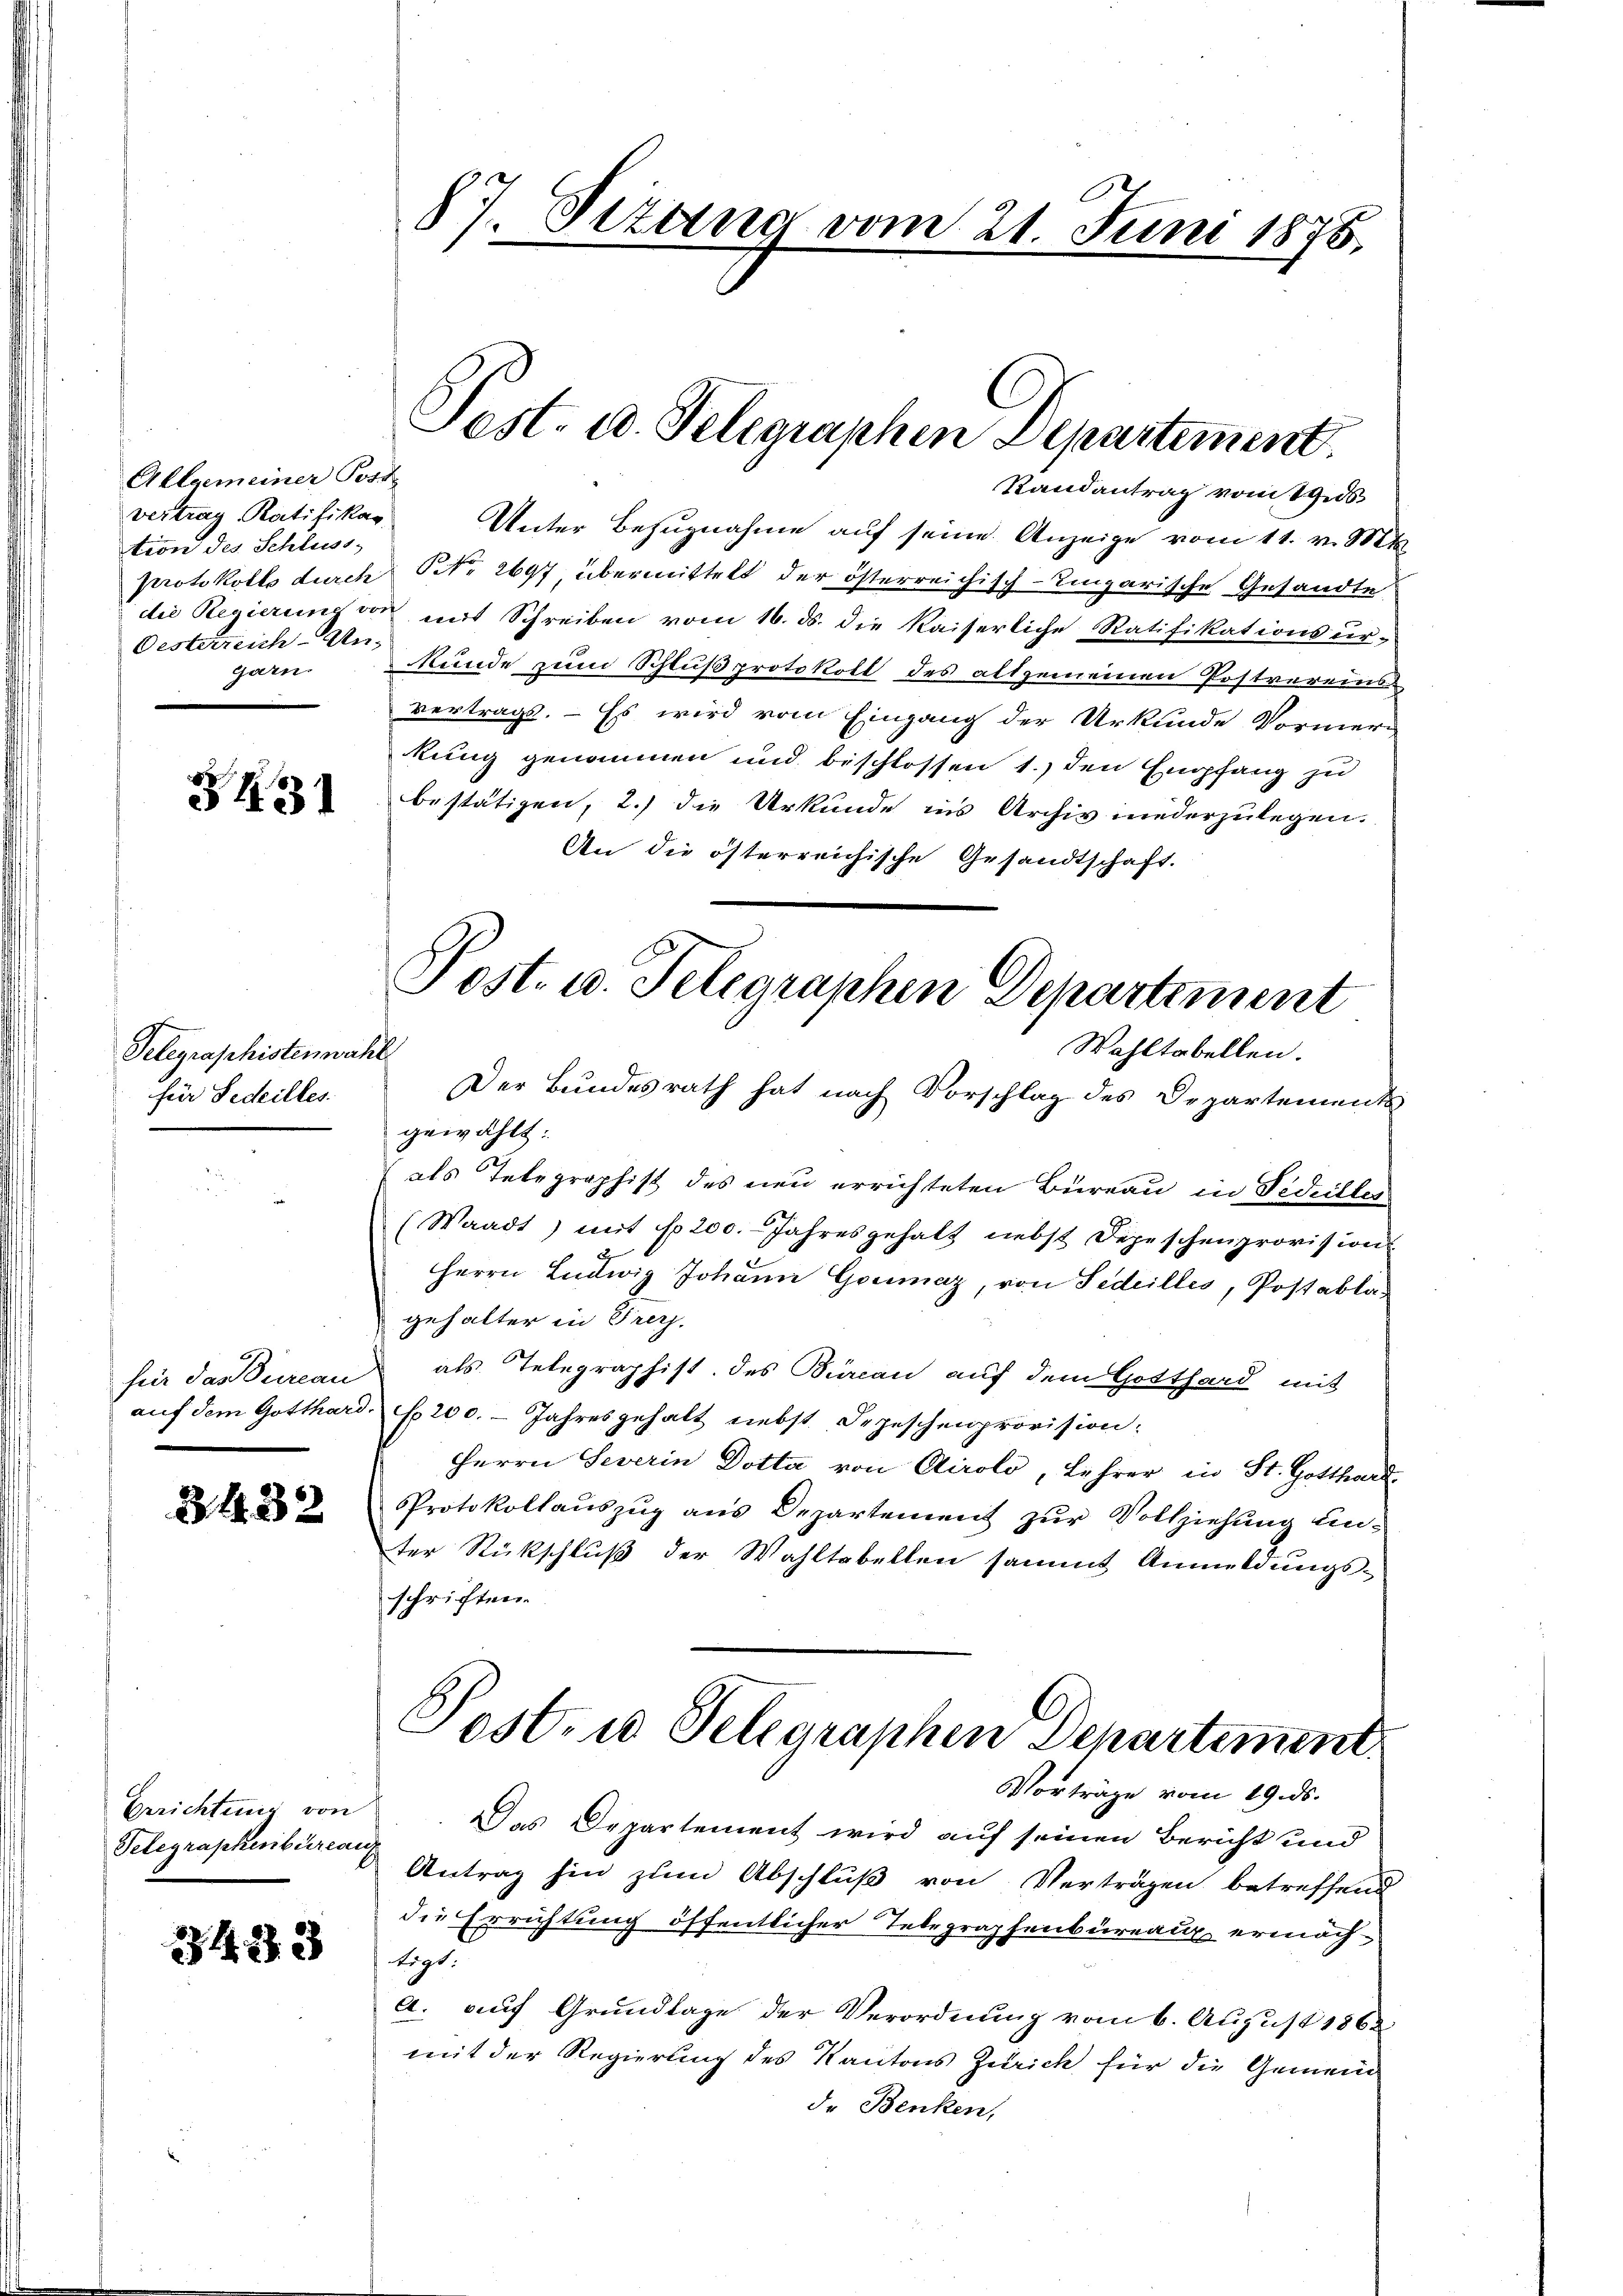
Allgemeiner Post
vertrag, Ratifikar
tion des Schluss
Oesterreich-Un¬
Garn

31131

Telegraphistenwahl
für Fedeilles

für das Bureau
auf dem Gotthard

3 432

Gerichtung von
Telegraphenbureaux

2343 x

87. Situng vom 21. Juni 1875.

Randantrag vom 19. 26.
Unter Bezugnahme auf seine Anzeige vom 11. v. Mts.
protokolls durch No. 2697, übermittelt der österreichisch-Eingarische Gesandte
die Regierung von mit Schreiben vom 16. ds. die kaiserliche Ratifikationsur-
kunde zum Schluß protokoll des altgemeinen Postvereins
vertrags. - Es wird vom Eingang der Urkunde Vormer
kung genommen und beschlossen 1.) den Empfang zu
bestätigen, 2.) die Urkunde ins Archiv inederzulegen.
An die österreichische Gesandtschaft.
Der Bundesrath hat nach Vorschlag des Departements
gewählt:
als Telegraphist des neu errichteten Büreau in Fideilles
(Waadt) mit No 200. Jahresgehalt nebst Depeschenprovision
Herrn Ludwig Johann Goumaz, von Fedeilles, Postablagehalter in Frey.
als Telegraphist. des Bureau auf dem Gotthard mit
f 200. - Jahresgehalt nebst Depeschenprovision.
Herrn Severin Dotta von Airolo, Lehrer in St. Gotthard-
Protokollauszug aus Departement zur Vollziehung unter Rückschluß der Wahltabellen sammt Anmeldungs-
schriften.
Post- u Telegraphen Departement.
Vorträge vom 19. ds.
Das Departement wird auf seinen Bericht und
Antrag hin zum Abschluß von Verträgen betreffend
die Errichtung öffentlicher Telegraphenbureaux ermöchtigt.
a. auf Grundlage der Verordnung vom 6. August 1862
mit der Regierung des Kantons Zürich für die Gemein
de Benken,

Pest. 10. Telegraphen Departement.

Post- u. Telegraphen Departement
Wahltabellen.